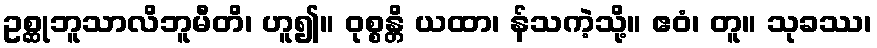
ဥစ္ဆုဘူသာလိဘူမီတိ၊ ဟူ၍။ ဝုစ္စန္တိ ယထာ၊ န်သကဲ့သို့။ ဧဝံ၊ တူ။ သုခဿ၊